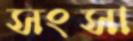
সংসা